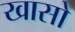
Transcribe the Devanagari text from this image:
खासो